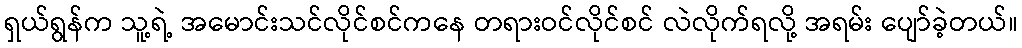
ရှယ်ရွန်က သူ့ရဲ့ အမောင်းသင်လိုင်စင်ကနေ တရားဝင်လိုင်စင် လဲလိုက်ရလို့ အရမ်း ပျော်ခဲ့တယ်။